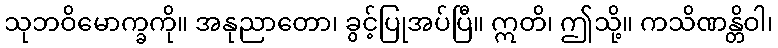
သုဘဝိမောက္ခကို။ အနုညာတော၊ ခွင့်ပြုအပ်ပြီ။ ဣတိ၊ ဤသို့။ ကသိဏန္တိဝါ၊